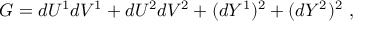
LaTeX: G = d U ^ { 1 } d V ^ { 1 } + d U ^ { 2 } d V ^ { 2 } + ( d Y ^ { 1 } ) ^ { 2 } + ( d Y ^ { 2 } ) ^ { 2 } ~ ,